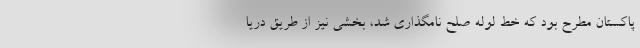
پاکستان مطرح بود که خط لوله صلح نامگذاری شد، بخشی نیز از طریق دریا